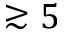
\gtrsim 5